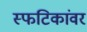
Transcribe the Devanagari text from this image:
स्फटिकांवर